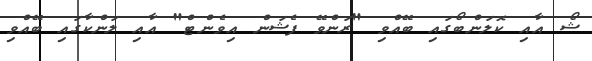
ޝޯ އާއި ކޮލަންބޯގައި ބޭއްވި "ރަންވޭ ފެޝަން އިވެންޓް" އާއި ލަންކާގައި ބޭއްވި